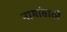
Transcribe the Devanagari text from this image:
नामांसाठी